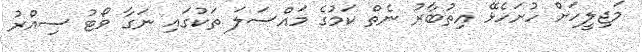
މަޖިލީހަށް ހުށަހެޅޭ އިތުބާރު ނެތް ކަމުގެ މައްސަލަ ތަކުގައި ނަގާ ވޯޓު ސިއްރު